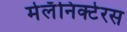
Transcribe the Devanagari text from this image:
मेलॅनिक्टेरस